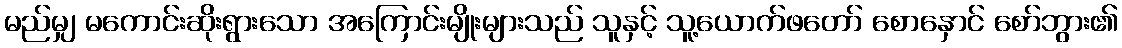
မည်မျှ မကောင်းဆိုးရွားသော အကြောင်းမျိုးများသည် သူနှင့် သူ့ယောက်ဖတော် စောနှောင် စော်ဘွား၏